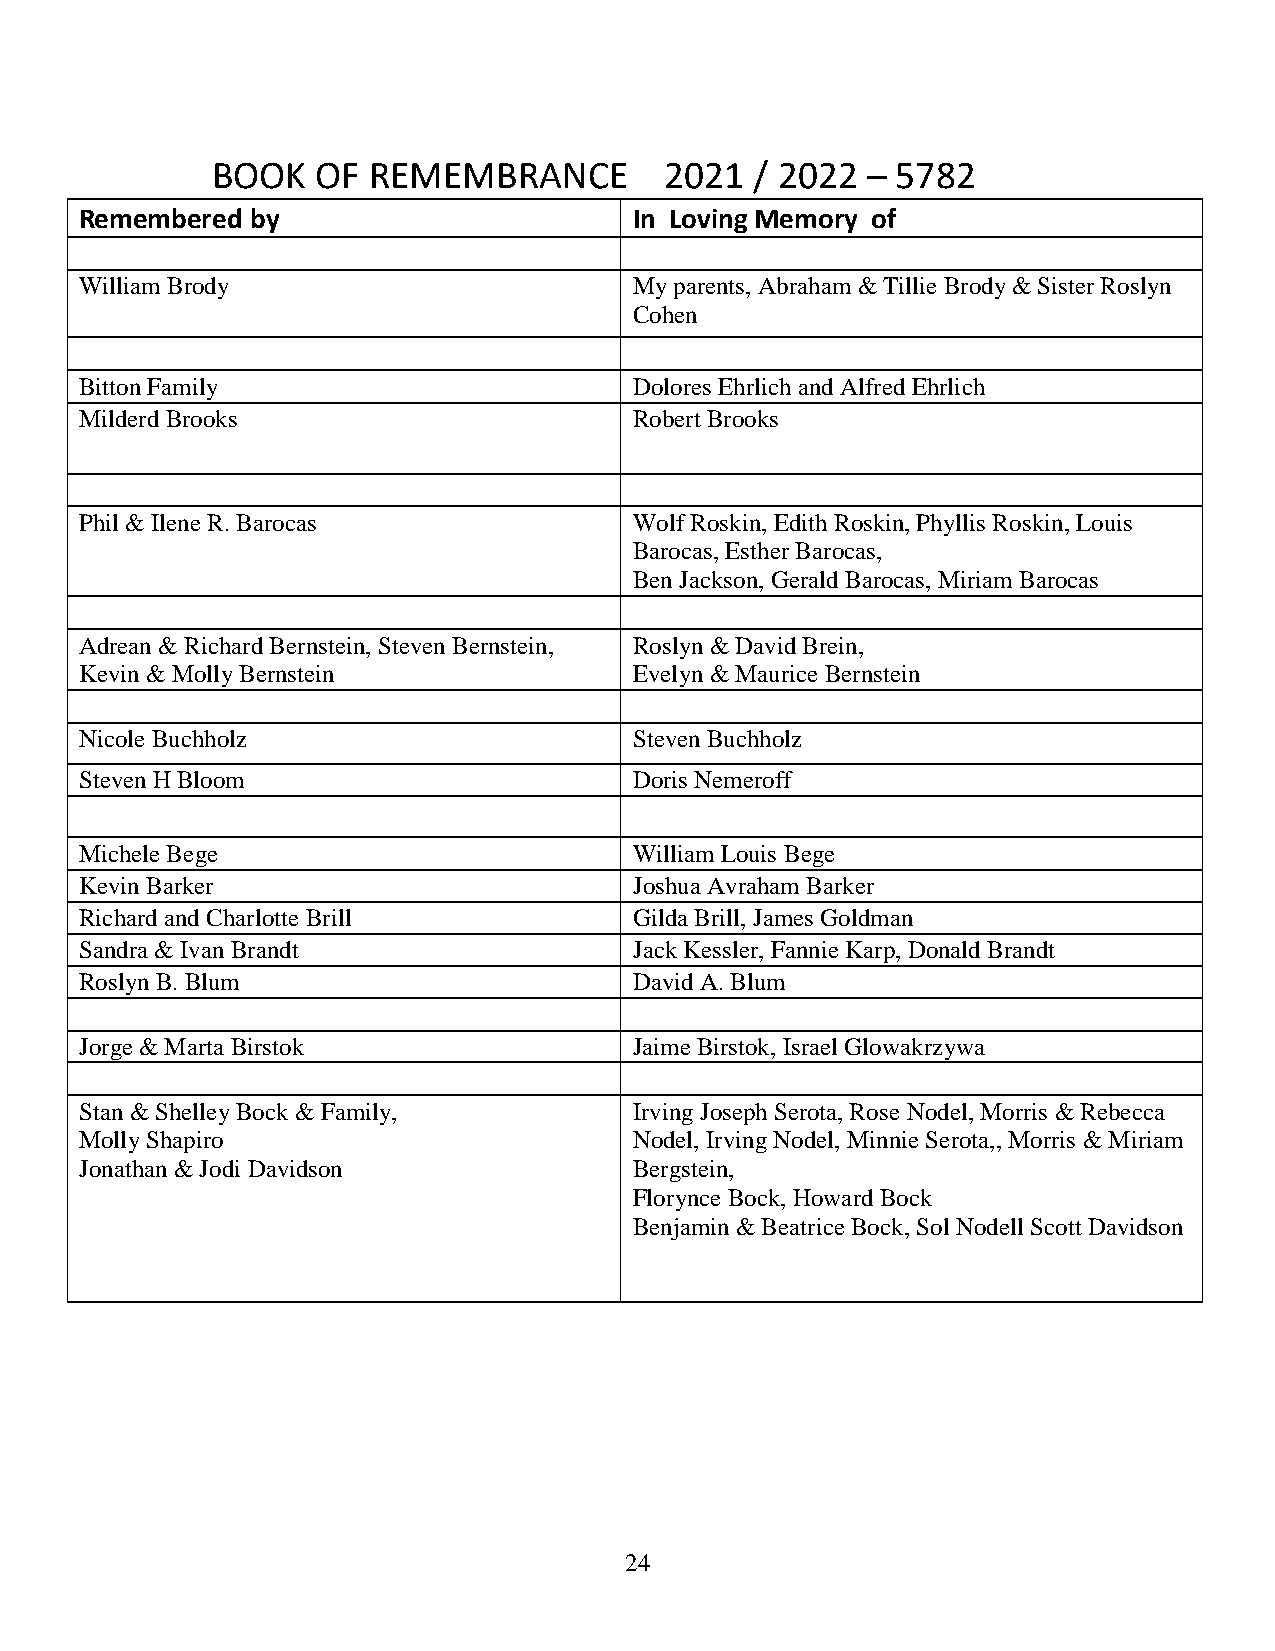
BOOK   OF REMEMBRANCE         2021  / 2022 – 5782
 Remembered  by                       In Loving Memory of
 William Brody                        My parents, Abraham & Tillie Brody & Sister Roslyn
 Cohen
 Bitton Family                        Dolores Ehrlich and Alfred Ehrlich
 Milderd Brooks                       Robert Brooks
 Phil & Ilene R. Barocas              Wolf Roskin, Edith Roskin, Phyllis Roskin, Louis
 Barocas, Esther Barocas,
 Ben Jackson, Gerald Barocas, Miriam Barocas
 Adrean & Richard Bernstein, Steven Bernstein, Roslyn & David Brein,
 Kevin & Molly Bernstein              Evelyn & Maurice Bernstein
 Nicole Buchholz                      Steven Buchholz
 Steven H Bloom                       Doris Nemeroff
 Michele Bege                         William Louis Bege
 Kevin Barker                         Joshua Avraham Barker
 Richard and Charlotte Brill          Gilda Brill, James Goldman
 Sandra & Ivan Brandt                 Jack Kessler, Fannie Karp, Donald Brandt
 Roslyn B. Blum                       David A. Blum
 Jorge & Marta Birstok                Jaime Birstok, Israel Glowakrzywa
 Stan & Shelley Bock & Family,        Irving Joseph Serota, Rose Nodel, Morris & Rebecca
 Molly Shapiro                        Nodel, Irving Nodel, Minnie Serota,, Morris & Miriam
 Jonathan & Jodi Davidson             Bergstein,
 Florynce Bock, Howard Bock
 Benjamin & Beatrice Bock, Sol Nodell Scott Davidson
 24